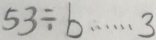
5 3 \div b \cdots 3